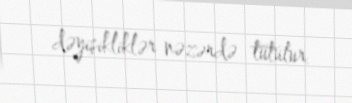
dəyişikliklər nəzərdə tutulur.